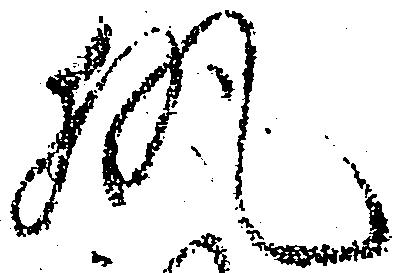
執